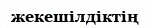
жекешілдіктің